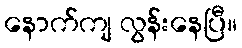
နောက်ကျ လွန်းနေပြီ။